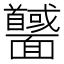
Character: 𩉕